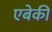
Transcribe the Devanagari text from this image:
एबेकी